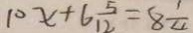
1 0 x + 6 \frac { 5 } { 1 2 } = 8 \frac { 1 } { 4 }